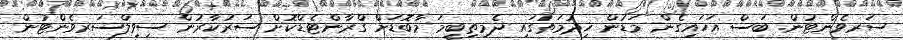
ސަރވެންޓުން. ބަސް އަހައިގެން މަޑުން ޚިދުމަތުގައި ދެމިތިބީމަ މާބޮޑަށް ގްރާންޓެޑްކޮށް ސަރުކާރުން ސިވިލްސަރވެންޓުން